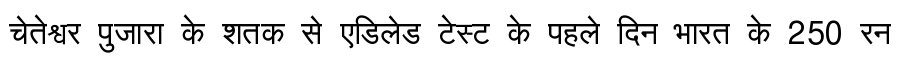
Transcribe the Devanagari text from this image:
चेतेश्वर पुजारा के शतक से एडिलेड टेस्ट के पहले दिन भारत के 250 रन